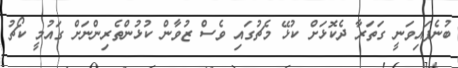
ބުނެފައިވަނީ ގަތަރާ ދެކޮޅަށް ކުޅޭ މެޗުގައި ވެސް ޒުވާން ކުޅުންތެރިންނަށް ގައުމީ ކޯޗު